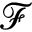
\mathcal { F }